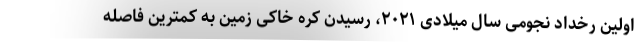
اولین رخداد نجومی سال میلادی ۲۰۲۱، رسیدن کره خاکی زمین به کمترین فاصله